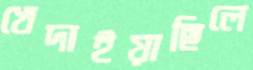
খেদাইয়াছিলে